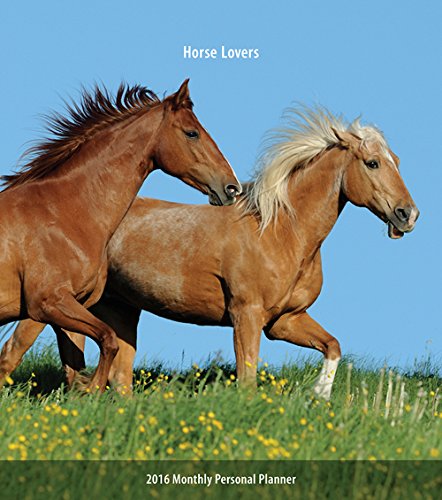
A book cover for Horse Lovers 2016 Monthly Personal Planner; Browntrout Publishers; Calendars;